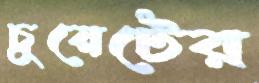
চুয়েটের